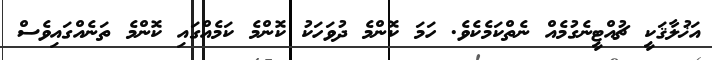
އަޚުލާޤަކީ ޗުއްޓީނެގުމެއް ނެތްކަމެކެވެ. ހަމަ ކޮންމެ ދުވަހަކު ކޮންމެ ކަމެއްގައި ކޮންމެ ތަނެއްގައިވެސް